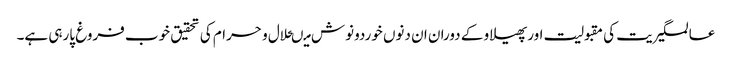
عالمگیریت کی مقبولیت اورپھیلاو کے دوران ان دنوں خوردونوش میںحلال و حرام کی تحقیق خوب فروغ پارہی ہے۔